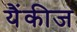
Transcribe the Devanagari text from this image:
यैंकीज